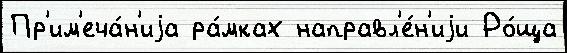
Пр'им'еча́н'иjа ра́мках направл'е́н'иjи Ро́ща